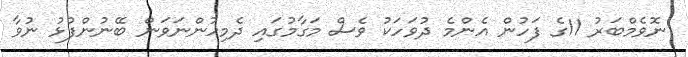
ނޮވެމްބަރު 11ގެ ފަހުން އެންމެ ދުވަހަކު ވެސް މަގާމުގައި ދެމިހުންނަވަން ބޭނުންފުޅު ނުވާ